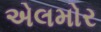
એલમોર